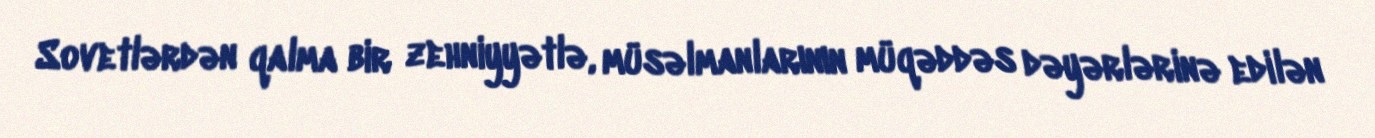
Sovetlərdən qalma bir zehniyyətlə, müsəlmanlarının müqəddəs dəyərlərinə edilən